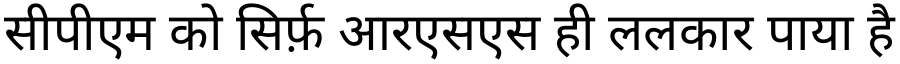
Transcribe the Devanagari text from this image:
सीपीएम को सिर्फ़ आरएसएस ही ललकार पाया है